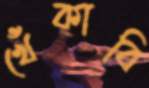
খেঁকাবি